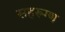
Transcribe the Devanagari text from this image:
सहरूग्ण